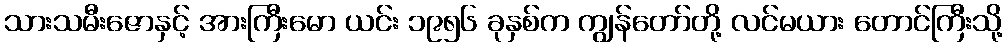
သားသမီးဇောနှင့် အားကြီးမော ယင်း ၁၉၅၆ ခုနှစ်က ကျွန်တော်တို့ လင်မယား တောင်ကြီးသို့